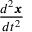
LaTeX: \frac { d ^ { 2 } { \boldsymbol { x } } } { d t ^ { 2 } }